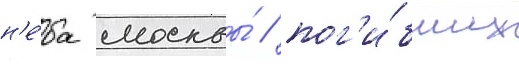
н'е́ба москвы́ / пог'и́бших